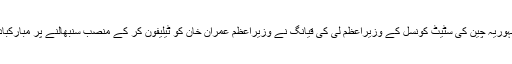
عوامی جمہوریہ چین کی سٹیٹ کونسل کے وزیراعظم لی کی قیانگ نے وزیراعظم عمران خان کو ٹیلیفون کر کے منصب سنبھالنے پر مبارکباد پیش کی۔